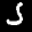
Label: 5